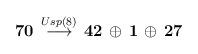
LaTeX: \begin{align*}{\bf 70} \, \stackrel{Usp(8)}{\longrightarrow} \, {\bf 42} \,\oplus \, {\bf 1} \, \oplus \, {\bf 27} \end{align*}